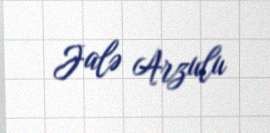
Jalə Arzulu